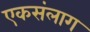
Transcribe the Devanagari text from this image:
एकसंलाग